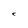
Character: C